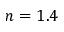
n = 1 . 4